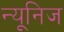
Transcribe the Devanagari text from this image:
न्यूनिज